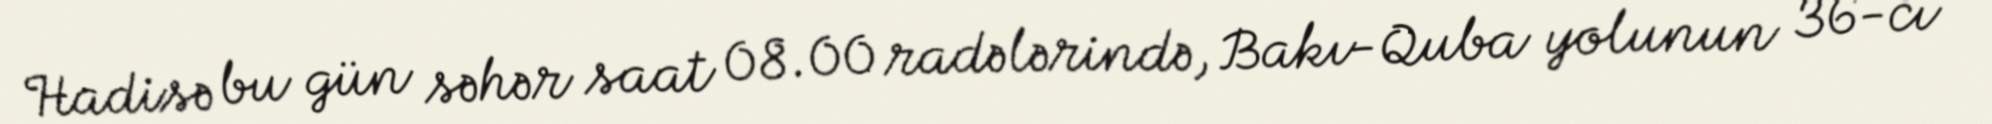
Hadisə bu gün səhər saat 08.00 radələrində, Bakı-Quba yolunun 36-cı